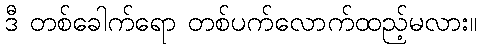
ဒီ တစ်ခေါက်ရော တစ်ပက်လောက်ထည့်မလား။